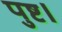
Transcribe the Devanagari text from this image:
पुष्ट।